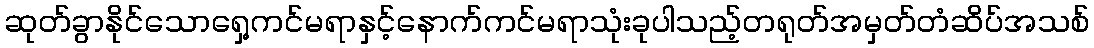
ဆုတ်ခွာနိုင်သောရှေ့ကင်မရာနှင့်နောက်ကင်မရာသုံးခုပါသည့်တရုတ်အမှတ်တံဆိပ်အသစ်